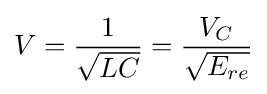
V={\frac {1}{\sqrt {LC}}}={\frac {V_{C}}{\sqrt {E_{re}}}}